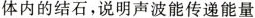
体内的结石，说明声波能传递能量